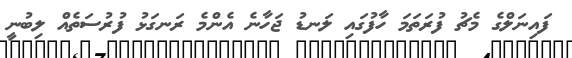
ފައިނަލްގެ މެޗު ފުރަތަމަ ހާފުގައި ލަނޑު ޖަހާނެ އެންމެ ރަނގަޅު ފުރުސަތެއް ލިބުނީ